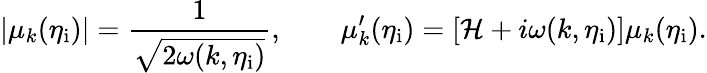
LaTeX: |\mu_{k}(\eta_{\mathrm{i}})|=\frac{1}{\sqrt{2\omega(k,\eta_{\mathrm{i}})}},\qquad\mu_{k}^{\prime}(\eta_{\mathrm{i}})=[{\cal H}+i\omega(k,\eta_{\mathrm{i}})]\mu_{k}(\eta_{\mathrm{i}}).